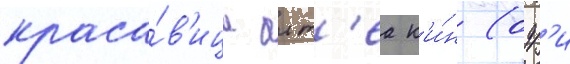
краса́в'ица алт'еа к'и́н (одр'и